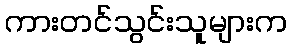
ကားတင်သွင်းသူများက